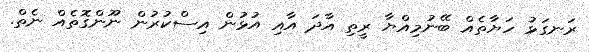
ރަނގަޅު ހަޔާތެއް ބޭނުމިއްޔާ ރީތި އާދަ އާއި އުޅުން އިސްކުރުން ނޫންގޮތެއް ނެތް.